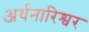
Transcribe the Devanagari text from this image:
अर्धनारिश्वर